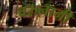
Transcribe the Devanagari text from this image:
वरुनानी